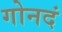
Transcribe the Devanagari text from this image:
गोनदं